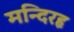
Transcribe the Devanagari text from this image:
मन्दिरहृ